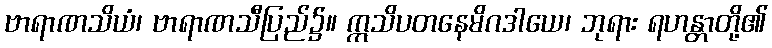
ဗာရာဏသိယံ၊ ဗာရာဏသီပြည်၌။ ဣသိပတနေမိဂဒါယေ၊ ဘုရား ရဟန္တာတို့၏